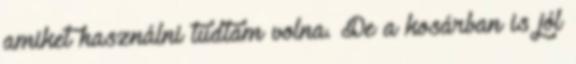
amiket használni tudtam volna. De a kosárban is jól